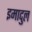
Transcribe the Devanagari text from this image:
इमादुल